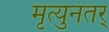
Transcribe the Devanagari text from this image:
मृत्युनंतर्